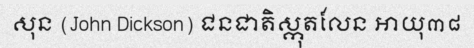
សុន (John Dickson) ជនជាតិស្កុតលែន អាយុ៣៨